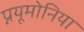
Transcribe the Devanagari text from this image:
प्नयूमोनिया